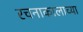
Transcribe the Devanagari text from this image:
रचनाकालाच्या